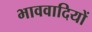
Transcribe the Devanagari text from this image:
भाववादियों